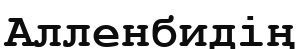
Алленбидің